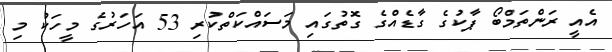
އެއީ ރަންތަމްބޯ ޕާކުގެ ގާޑެއްގެ ގޮތުގައި މަސައްކަތްކުރި 53 އަހަރުގެ މީހަކު މި